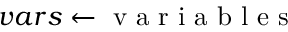
v a r s \gets \mathrm { ~ v ~ a ~ r ~ i ~ a ~ b ~ l ~ e ~ s ~ }